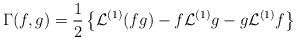
LaTeX: \begin{align*}\Gamma(f,g)=\frac12 \left\lbrace \mathcal{L}^{(1)}(fg)-f\mathcal{L}^{(1)}g-g\mathcal{L}^{(1)}f \right\rbrace\end{align*}